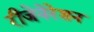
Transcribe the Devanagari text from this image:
रीजेनेरेशन